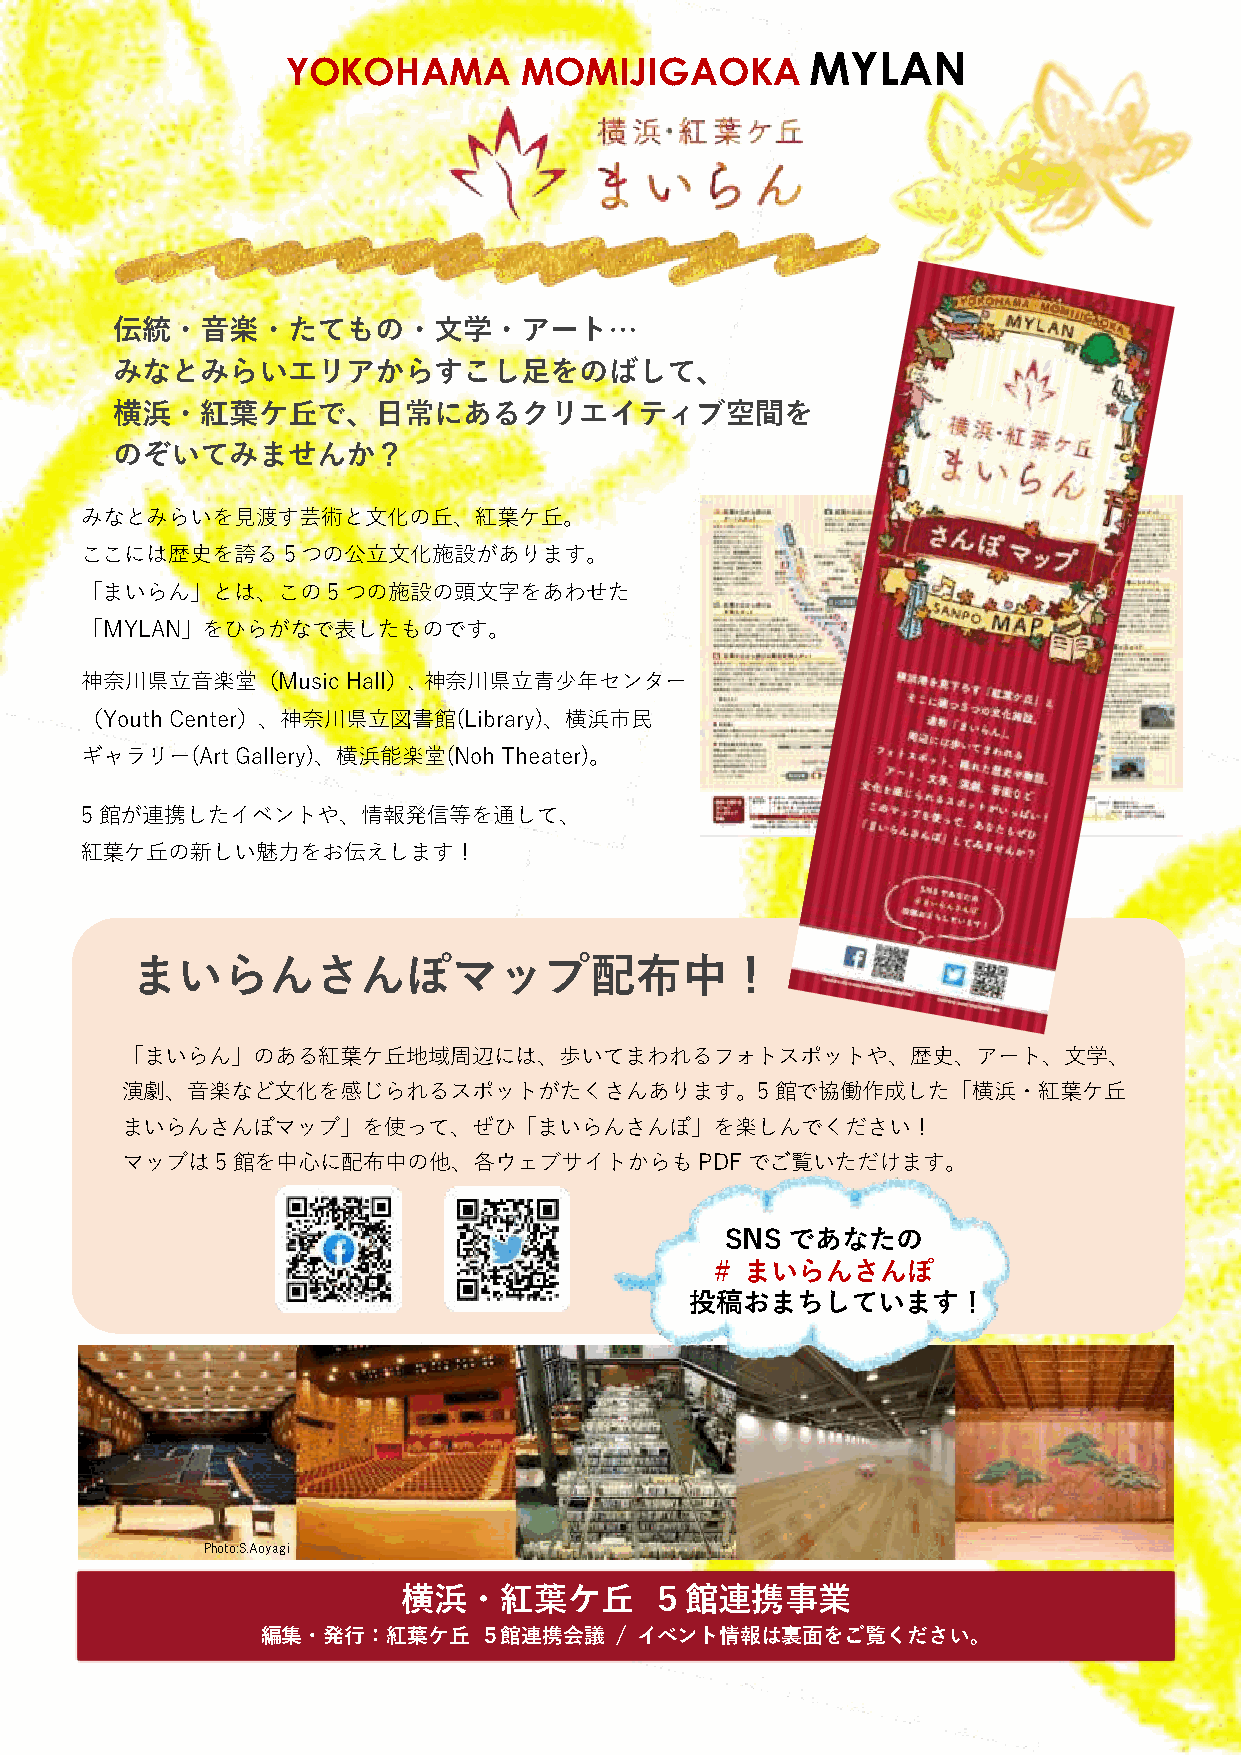
YOKOHAMA       MOMIJIGAOKA
 MYLAN
 伝統・音楽・たてもの・文学・アート…
 みなとみらいエリアからすこし足をのばして、
 横浜・紅葉ケ丘で、日常にあるクリエイティブ空間を
 のぞいてみませんか？
 みなとみらいを見渡す芸術と文化の丘、紅葉ケ丘。
 ここには歴史を誇る5つの公立文化施設があります。
 「まいらん」とは、この5つの施設の頭文字をあわせた
 「MYLAN」をひらがなで表したものです。
 神奈川県立音楽堂（Music    Hall）、神奈川県立青少年センター
 （Youth Center）、神奈川県立図書館(Library)、横浜市民
 ギャラリー(Art  Gallery)、横浜能楽堂(Noh Theater)。
 5館が連携したイベントや、情報発信等を通して、
 紅葉ケ丘の新しい魅力をお伝えします！
 まいらんさんぽマップ配布中！
 「まいらん」のある紅葉ケ丘地域周辺には、歩いてまわれるフォトスポットや、歴史、アート、文学、
 中！
 演劇、音楽など文化を感じられるスポッ        トがたくさんあります。5館で協働作成した「横浜・紅葉ケ丘
 まいらんさんぽマップ」を使って、ぜひ「まいらんさんぽ」を楽しんでください！
 マップは5館を中心に配布中の他、各ウェブサイトからもPDFでご覧いただけます。
 マップは5館を中心に配布中の他、各ウェブサイトからもPDSFNでSごで覧いあたなだたけのます         。
 # まいらんさんぽ
 投稿おまちしています！
 Photo:S.Aoyagi
 横浜・紅葉ケ丘         ５館連携事業
 編集・発行：紅葉ケ丘     ５館連携会議   / イベント情報は裏面をご覧ください。